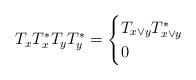
\begin{align*}T_xT_x^*T_yT_y^*=\begin{cases}T_{x \vee y} T_{x \vee y}^*&\\0&\end{cases}\end{align*}